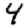
Digit: 4